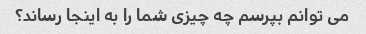
می توانم بپرسم چه چیزی شما را به اینجا رساند؟